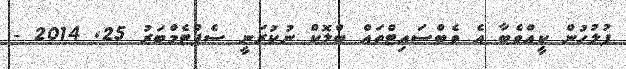
ފުލުހުން ކީއްވެބާ އެ ވެބްސައިޓްތައް ބްލޮކް ނުކުރަނީ ސެޕްޓެމްބަރު 25